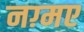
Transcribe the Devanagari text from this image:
नग़्मए